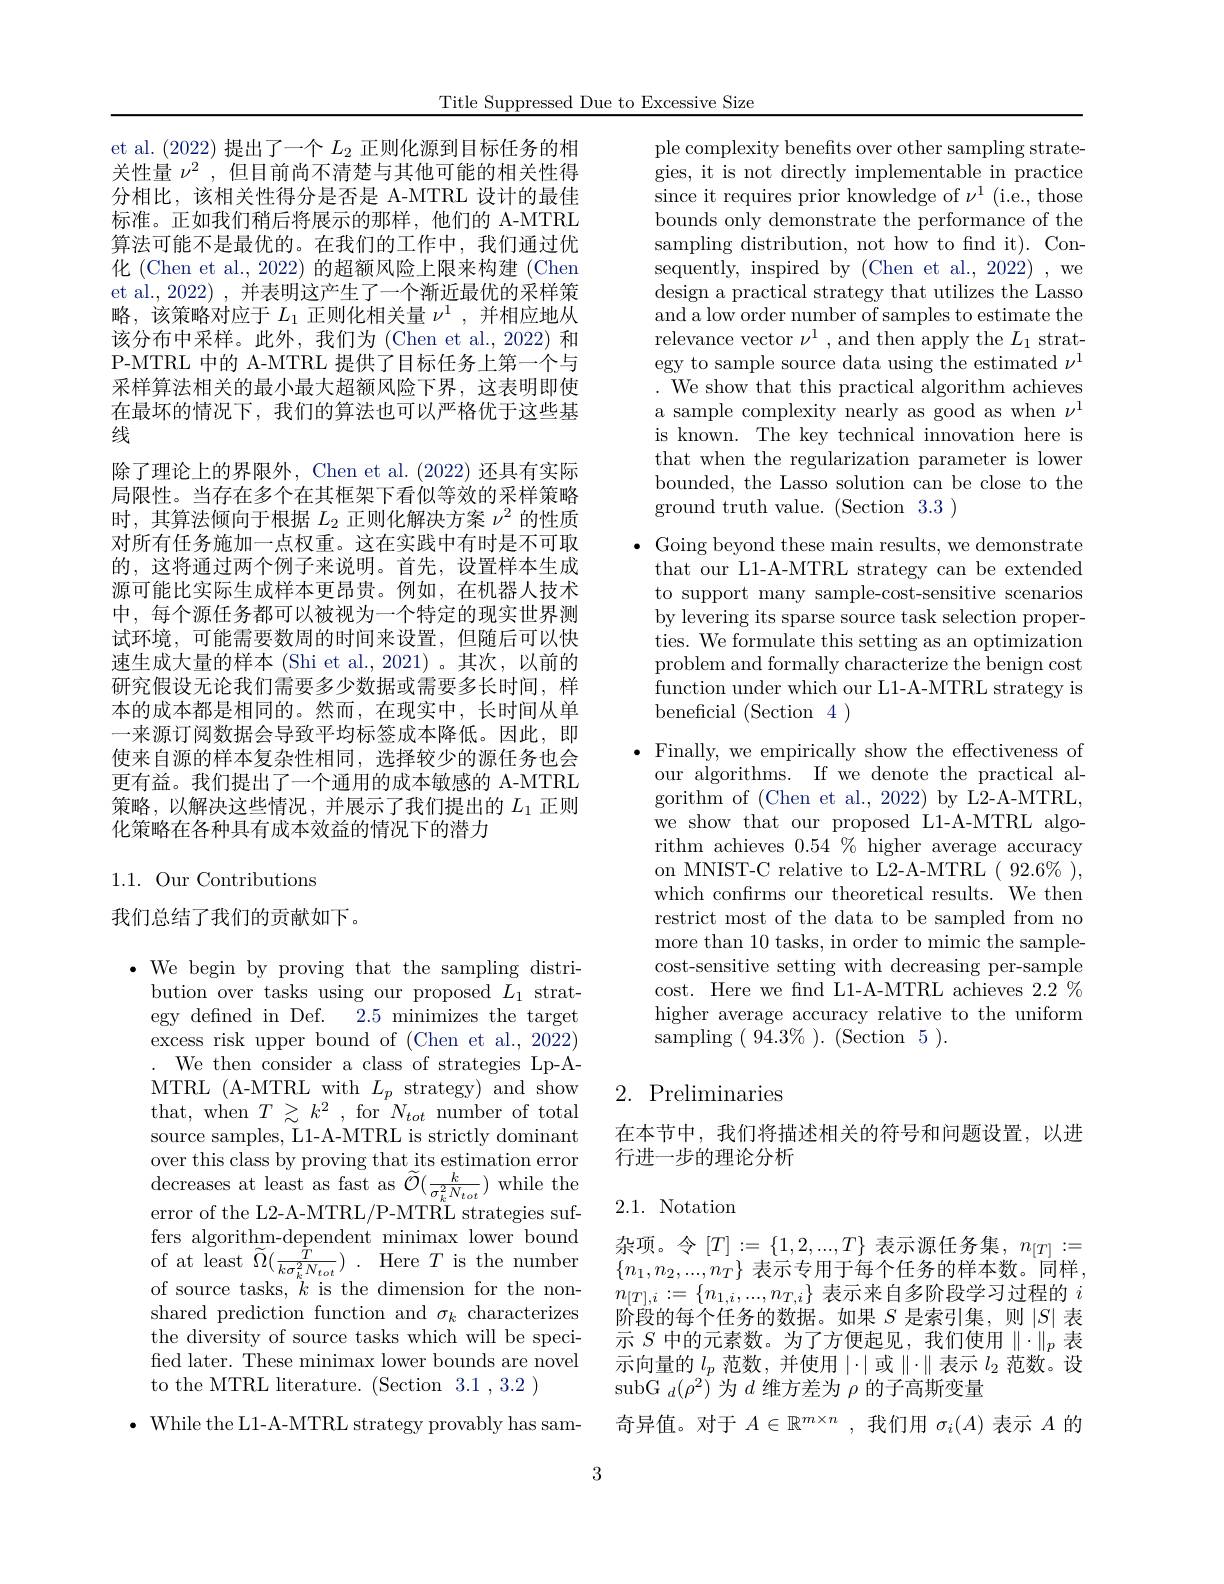
Title Suppressed Due to Excessive Size

et al. (2022)提出了一个$L_{2}$正则化源到目标任务的相关性量$\nu^2$,但目前尚不清楚与其他可能的相关性得分相比，该相关性得分是否是 A-MTRL 设计的最佳标准。正如我们稍后将展示的那样，他们的 A-MTRL 算法可能不是最优的。在我们的工作中，我们通过优化 (Chen et al., 2022) 的超额风险上限来构建 (Chen et al., 2022) , 并表明这产生了一个渐近最优的采样策略，该策略对应于$L_1$正则化相关量$\nu^1$,并相应地从该分布中采样。此外，我们为(Chen et al.,2022) 和P-MTRL 中的 A-MTRL 提供了目标任务上第一个与采样算法相关的最小最大超额风险下界，这表明即使在最坏的情况下，我们的算法也可以严格优于这些基线
除了理论上的界限外，Chen et al. (2022)还具有实际局限性。当存在多个在其框架下看似等效的采样策略时，其算法倾向于根据$L_2$正则化解决方案$\nu^2$的性质对所有任务施加一点权重。这在实践中有时是不可取的，这将通过两个例子来说明。首先，设置样本生成源可能比实际生成样本更昂贵。例如，在机器人技术中，每个源任务都可以被视为一个特定的现实世界测试环境，可能需要数周的时间来设置，但随后可以快速生成大量的样本 (Shi et al., 2021)。其次，以前的研究假设无论我们需要多少数据或需要多长时间，样本的成本都是相同的。然而，在现实中，长时间从单一来源订阅数据会导致平均标签成本降低。因此，即使来自源的样本复杂性相同，选择较少的源任务也会更有益。我们提出了一个通用的成本敏感的 A-MTRL 策略，以解决这些情况，并展示了我们提出的$L_{1}$正则化策略在各种具有成本效益的情况下的潜力

## 1.1. Our Contributions

我们总结了我们的贡献如下。

$\bullet$ We begin by proving that the sampling distri-
bution over tasks using our proposed $L_1$ strategy defined in Def. 2.5 minimizes the target excess risk upper bound of (Chen et al., 2022)
We then consider a class of strategies Lp-AMTRL ( A- MTRL with $L_{p}$strategy) and show that, when $T\gtrsim k^2$ , for $N_{tot}$ number of total source samples, L1-A-MTRL is strictly dominant over this class by proving that its estimation error decreases at least as fast as $\widetilde{\mathcal{O}}(\frac k{\sigma_k^2N_{tot}})$ while the error of the L2-A-MTRL/P-MTRL strategies suffers algorithm-dependent minimax lower bound of at least $\widetilde{\Omega } ( \frac T{k\sigma _{k}^{2}N_{tot}})$ . Here $T$ is the number of source tasks, $k$ is the dimension for the nonshared prediction function and $\sigma_k$ characterizes the diversity of source tasks which will be specified later. These minimax lower bounds are novel to the MTRL literature. (Section 3.1 , 3.2 )
$\bullet$ While the L1-A-MTRL strategy provably has sam-

ple complexity benefts over other sampling strategies, it is not directly implementable in practice since it requires prior knowledge of $\nu^1$ (i.e., those bounds only demonstrate the performance of the sampling distribution, not how to find it). Consequently, inspired by (Chen et al., 2022) , we design a practical strategy that utilizes the Lasso and a low order number of samples to estimate the relevance vector $\nu^1$, and then apply the $L_1$ strategy to sample source data using the estimated $\nu^1$ . We show that this practical algorithm achieves a sample complexity nearly as good as when $\nu^1$ is known. The key technical innovation here is that when the regularization parameter is lower bounded, the Lasso solution can be close to the ground truth value. (Section 3.3)

$\bullet$ Going beyond these main results, we demonstrate that our L1-A-MTRL strategy can be extended to support many sample-cost-sensitive scenarios by levering its sparse source task selection properties. We formulate this setting as an optimization problem and formally characterize the benign cost function under which our L1-A-MTRL strategy is beneficial (Section 4 )

$\bullet$ Finally, we empirically show the effectiveness of our algorithms. If we denote the practical al- $\bar{\mathrm{gorithm~of~(Chen~et~al.,~2022)~by~L2-A-MTRL,}}$ we show that our proposed L1-A-MTRL algorithm achieves $0.54\%$ higher average accuracy on MNIST-C relative to L2-A-MTRL(92.6%), which confrms our theoretical results. We then restrict most of the data to be sampled from no more than 10 tasks, in order to mimic the samplecost-sensitive setting with decreasing per-sample cost. Here we fnd L1-A-MTRL achieves 2.2% higher average accuracy relative to the uniform sampling $(\begin{array}{c}94.3\%\end{array}).\pmod5.$

# 2. Preliminaries

在本节中，我们将描述相关的符号和问题设置，以进
行进一步的理论分析

2.1. Notation

杂项。令$[T]:=\{1,2,...,T\}$ 表示源任务集$,n_[T]:=$ $\{n_1,n_2,...,n_T\}$ 表示专用于每个任务的样本数。同样， $n_{[T],i}:=\{n_{1,i},...,n_{T,i}\}$表示来自多阶段学习过程的$i$ 阶段的每个任务的数据。如果$S$是索引集，则$|S|$表示$S$中的元素数。为了方便起见，我们使用$\|\cdot\|_p$表示向量的$l_p$范数，并使用$\mid\cdot\mid$或$\parallel\cdot\parallel$表示$l_2$范数。设subG $_d(\rho^2)$为$d$维方差为$\rho$的子高斯变量
奇异值。对于$A\in\mathbb{R}^m\times n$,我们用$\sigma_i(A)$表示$A$的

3